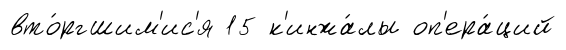
вто́ргшим'ис'я 15 к'инжа́лы оп'ера́ций